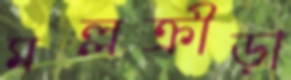
মল্লক্রীড়া